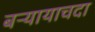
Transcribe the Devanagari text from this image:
बऱ्यायाचदा